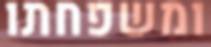
ומשפחתו